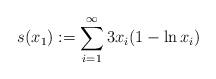
LaTeX: \begin{align*}s(x_1) := \sum_{i=1}^\infty 3x_i(1-\ln x_i)\end{align*}